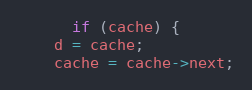
Language: C++
      if (cache) {
	d = cache;
	cache = cache->next;